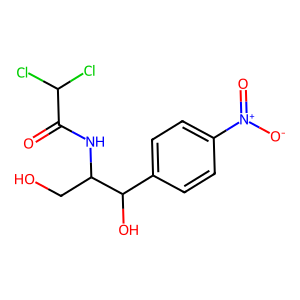
SMILES: O=C(NC(CO)C(O)c1ccc([N+](=O)[O-])cc1)C(Cl)Cl
Inhibits HIV replication: No